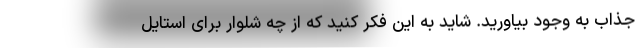
جذاب به وجود بیاورید. شاید به این فکر کنید که از چه شلوار برای استایل